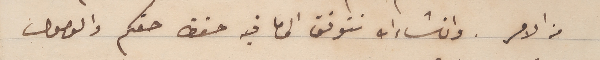
من الامر. وانشاءالله نتوفق الى ما فيه حفظ حقكم والوصول